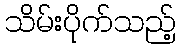
သိမ်းပိုက်သည့်